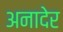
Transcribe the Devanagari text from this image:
अनादेर